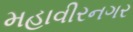
મહાવીરનગર